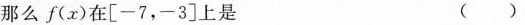
那么f(x)在[一7，-3]上是 ( )